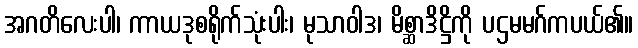
အဂတိလေးပါ၊ ကာယဒုစရိုက်သုံးပါး၊ မုသာဝါဒ၊ မိစ္ဆာဒိဋ္ဌိကို ပဌမမဂ်ကပယ်၏။